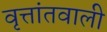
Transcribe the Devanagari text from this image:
वृत्तांतवाली